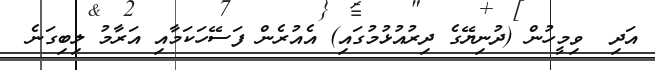
އަދި  ވިމީހުން (ދުނިޔޭގެ ދިރުއުޅުމުގައި) އެއުރެން ފަސޭހަކަމާއި އަރާމު ލިބިގަނެ